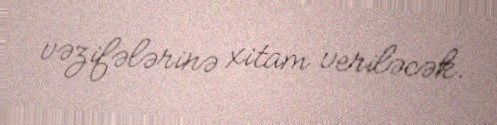
vəzifələrinə xitam veriləcək.